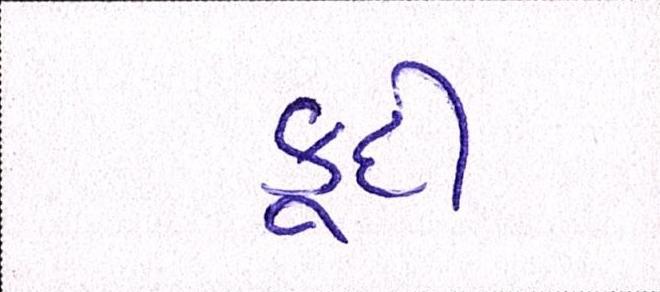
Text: કૂદી